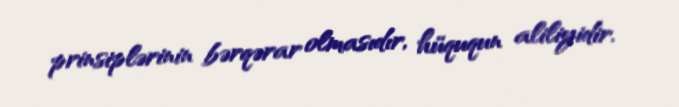
prinsiplərinin bərqərar olmasıdır, hüququn aliliyidir.